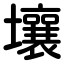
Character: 壤